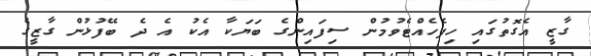
ގާޒީ އެގޮތުގައި ހިފެހެއްޓެވުމުން ސިފައިންގެ ބަޔަކާ އެކު އެ ދެ ބޭފުޅުން ގާޒީގެ